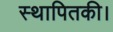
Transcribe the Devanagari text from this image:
स्थापितकी।